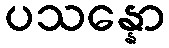
ပသန္နော